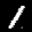
Label: 1